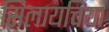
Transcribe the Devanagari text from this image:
सिलायचिया